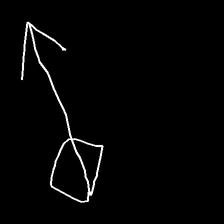
Glyph: focus